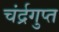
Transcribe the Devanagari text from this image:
चंर्द्रगुप्त